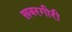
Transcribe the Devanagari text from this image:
ख़बरगीरी